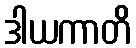
ဒါယကာတိ